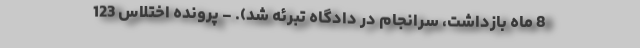
8 ماه بازداشت، سرانجام در دادگاه تبرئه شد)‌. - پرونده اختلاس 123